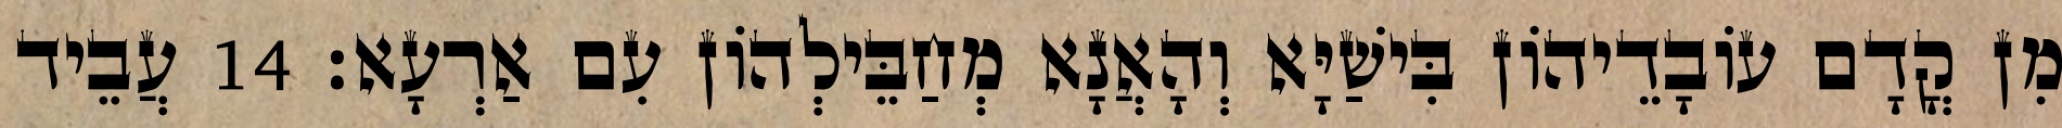
מִן קֳדָם עוֹבָדֵיהוֹן בִּישַׁיָּא וְהָאֲנָא מְחַבֵּילְהוֹן עִם אַרְעָא׃ 14 עֲבֵיד